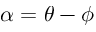
\alpha = \theta - \phi